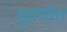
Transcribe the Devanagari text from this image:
मुहणोत